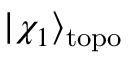
| \chi _ { 1 } \rangle _ { \mathrm { t o p o } }